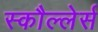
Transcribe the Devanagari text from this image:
स्कौल्लेर्स